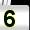
Digit: 5